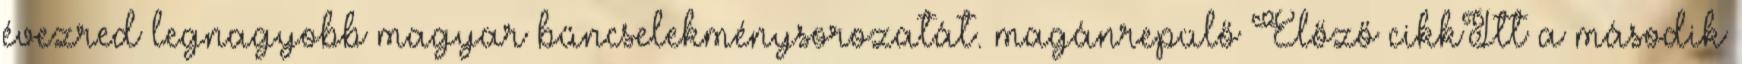
évezred legnagyobb magyar bűncselekménysorozatát. magánrepülő Előző cikkItt a második